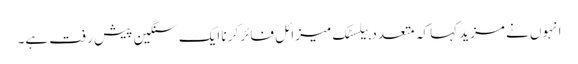
انہوں نے مزید کہا کہ متعدد بیلسٹک میزائل فائر کرنا ایک سنگین پیش رفت ہے۔